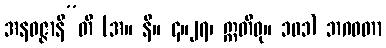
အနဝဇ္ဇာနီ”တိ (အ။ နိ။ ၄။၂၇၊ ဣတိဝု။ ၁၀၁) ဘဂဝတာ